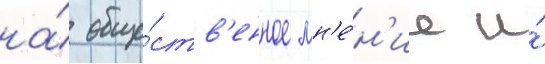
на́ обще́ств'енное мн'е́н'ие и́